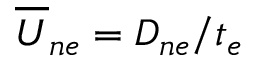
{ \overline { { U } } } _ { n e } = D _ { n e } / t _ { e }